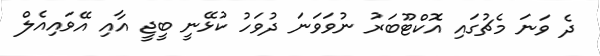
ދެ ވަނަ މެޗުގައި އޮކްޓޫބަރު ނުވަވަނަ ދުވަހު ކުޅޭނީ ބީޖީ އާއި އޭވައިއެލް